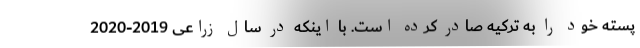
پسته خود را به ترکیه صادر کرده است. با اینکه در سال زراعی 2019-2020